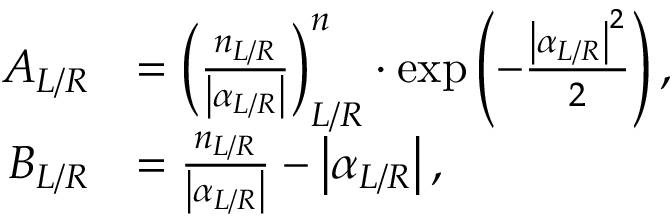
\begin{array} { r l } { A _ { L / R } } & { = \left( \frac { n _ { L / R } } { \left| \alpha _ { L / R } \right| } \right) _ { L / R } ^ { n } \cdot \exp \left( - \frac { \left| \alpha _ { L / R } \right| ^ { 2 } } { 2 } \right) , } \\ { B _ { L / R } } & { = \frac { n _ { L / R } } { \left| \alpha _ { L / R } \right| } - \left| \alpha _ { L / R } \right| , } \end{array}